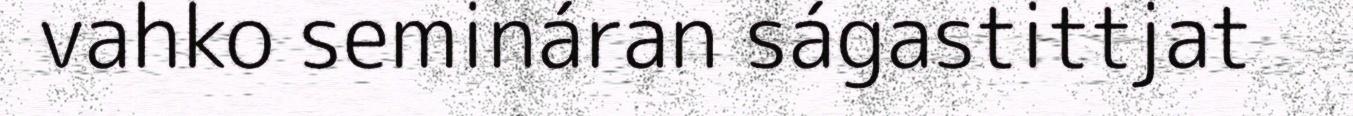
vahko semináran ságastittjat